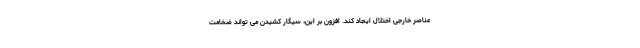
عناصر خارجی اختلال ایجاد کند. افزون بر این، سیگار کشیدن می تواند ضخامت